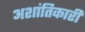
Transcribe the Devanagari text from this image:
अशांतिकारी